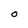
Character: O